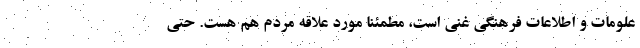
علومات و اطلاعات فرهنگی غنی است، مطمئنا مورد علاقه مردم هم هست. حتی